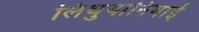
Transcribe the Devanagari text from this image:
लिथुयानियाई